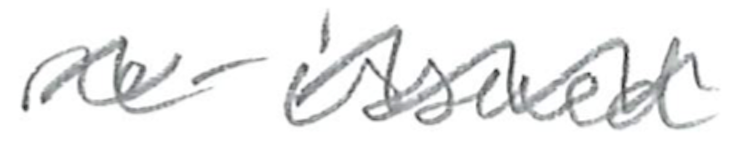
Text: re-issued
Cross-out: mix
Writing tool: pencil